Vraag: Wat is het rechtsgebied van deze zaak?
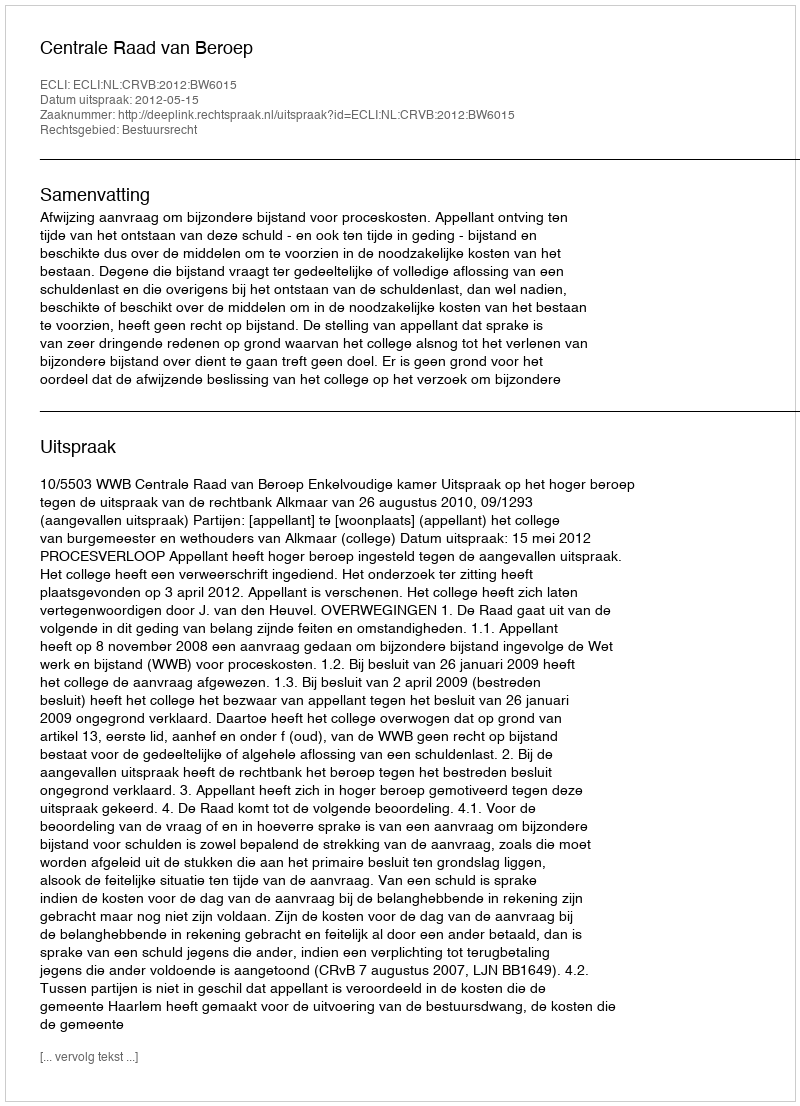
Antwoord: Bestuursrecht